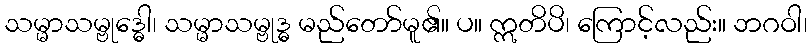
သမ္မာသမ္ဗုဒ္ဓေါ၊ သမ္မာသမ္ဗုဒ္ဓ မည်တော်မူ၏။ ပ။ ဣတိပိ၊ ကြောင့်လည်း။ ဘဂဝါ၊